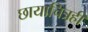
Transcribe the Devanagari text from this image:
छायाचित्रही